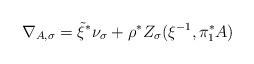
LaTeX: \begin{align*} \nabla_{A,\sigma} = \tilde\xi^*\nu_\sigma + \rho^*Z_\sigma(\xi^{-1}, \pi_1^* A) \end{align*}